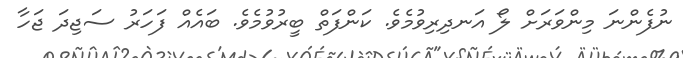
ނުފެންނަ މިންވަރަށް ލޯ އަނދިރިވުމެވެ. ކަންފަތް ބީރުވުމެވެ. ބައެއް ފަހަރު ސަޖިދަ ޖަހާ